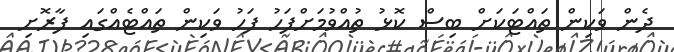
ދެން ވަކިން ތައްޓަކަށް ބިސް ކޮޅު ތުއްވުމަށްފަހު ފަހު ވަކިން ތައްޓެއްގައި ފާރޮށި